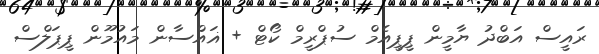
ރައީސް އަބްދު ޔާމީން ޕީޕީއެމް ސުޕްރީމް ކޯޓް + ޣައްސާން މައުމޫން ޕީޕަލްސް